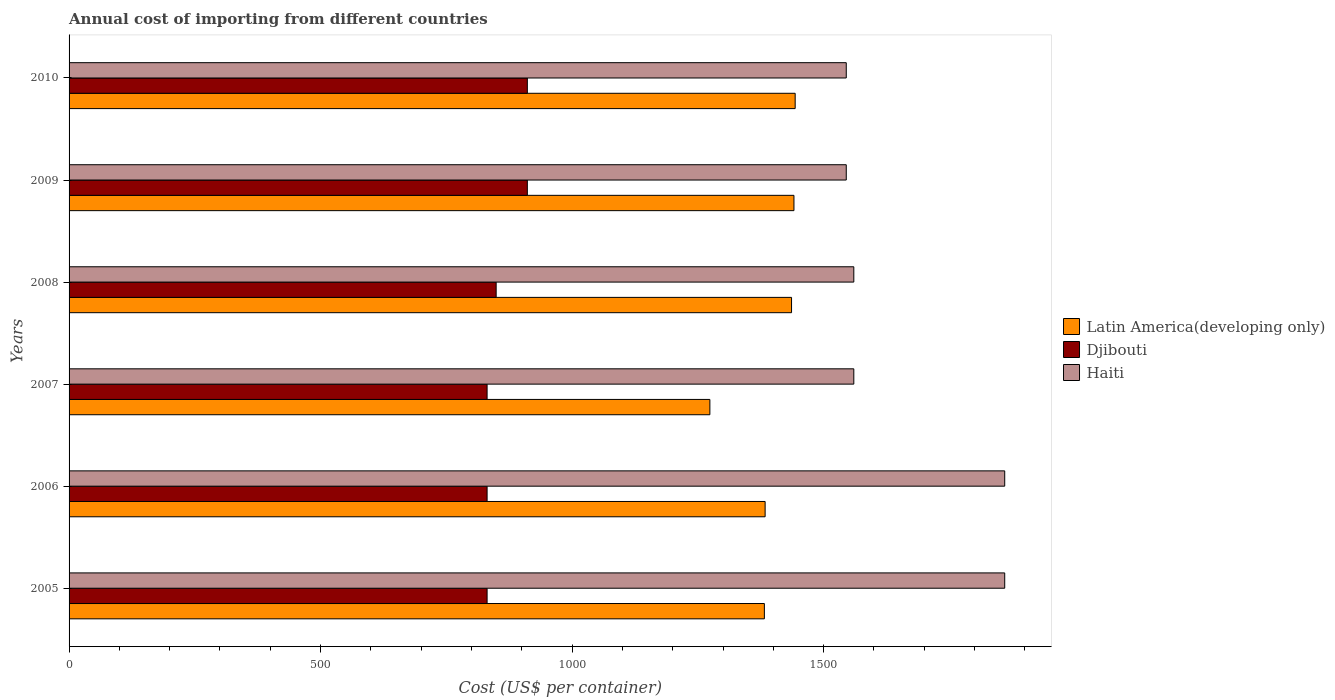
| Years | Latin America(developing only) | Djibouti | Haiti |
 | --- | --- | --- | --- |
 | 2005 | 1.38e+03 | 831 | 1.86e+03 |
 | 2006 | 1.38e+03 | 831 | 1.86e+03 |
 | 2007 | 1.27e+03 | 831 | 1.56e+03 |
 | 2008 | 1.44e+03 | 849 | 1.56e+03 |
 | 2009 | 1.44e+03 | 911 | 1.54e+03 |
 | 2010 | 1.44e+03 | 911 | 1.54e+03 |